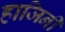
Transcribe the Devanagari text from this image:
हाजिनी